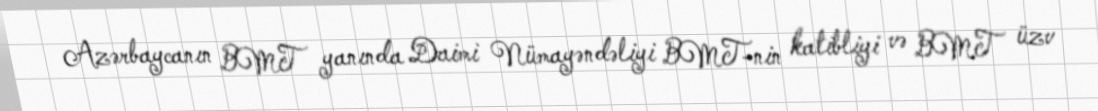
Azərbaycanın BMT yanında Daimi Nümayəndəliyi BMT-nin katibliyi və BMT üzv